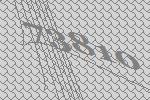
73810